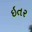
ઇતર